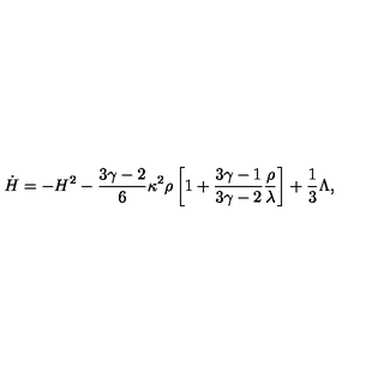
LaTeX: \dot { H } = - H ^ { 2 } - \frac { 3 \gamma - 2 } { 6 } \kappa ^ { 2 } \rho \left[ 1 + \frac { 3 \gamma - 1 } { 3 \gamma - 2 } \frac { \rho } { \lambda } \right] + \frac { 1 } { 3 } \Lambda ,